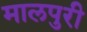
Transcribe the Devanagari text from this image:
मालपुरी